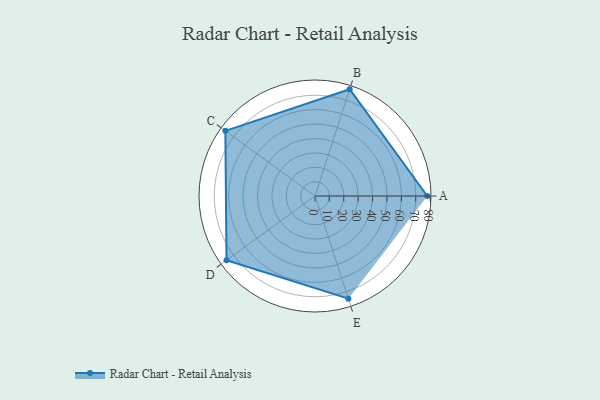
{"axis": {"x": "Skill", "y": "Score"}, "legend": ["Profile"], "data": [{"x": "A", "y": 78.0, "type": "Profile"}, {"x": "B", "y": 78.0, "type": "Profile"}, {"x": "C", "y": 77.0, "type": "Profile"}, {"x": "D", "y": 76.0, "type": "Profile"}, {"x": "E", "y": 75.0, "type": "Profile"}]}